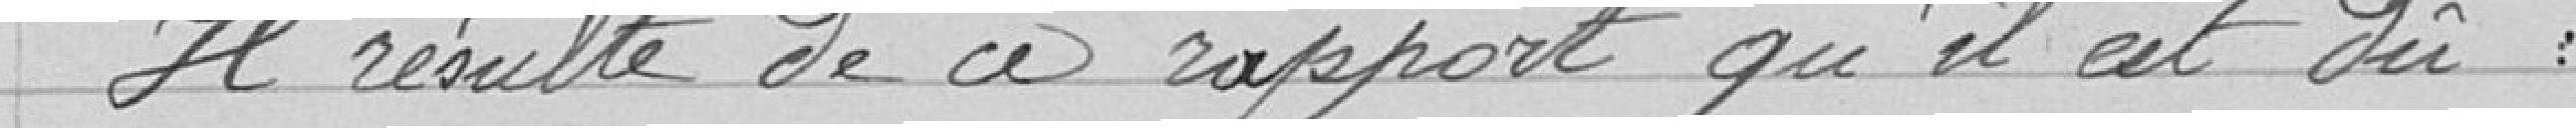
Il résulte de ce rapport qu'il est du :